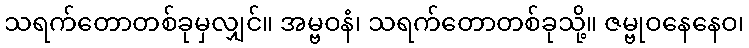
သရက်တောတစ်ခုမှလျှင်။ အမ္ဗဝနံ၊ သရက်တောတစ်ခုသို့။ ဇမ္ဗုဝနေနေဝ၊